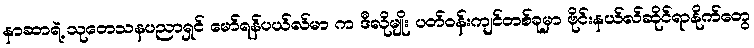
နာဆာရဲ့ သုတေသနပညာရှင် မော်ရန်ပယ်လ်မာ က ဒီလိုမျိုး ပတ်ဝန်းကျင်တစ်ခုမှာ ဗိုင်းနယ်လ်ဆိုင်ရာနိုက်တွေ